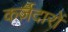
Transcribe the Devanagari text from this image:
कर्ज़दारों